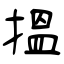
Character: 搵